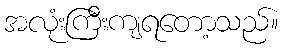
အလုံးကြီးကျရတော့သည်။